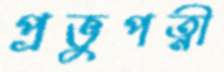
প্রভুপত্নী